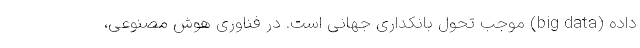
داده (big data) موجب تحول بانکداری جهانی است. در فناوری هوش مصنوعی،